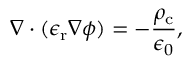
\nabla \cdot ( \epsilon _ { \mathrm { r } } \nabla \phi ) = - \frac { \rho _ { \mathrm { c } } } { \epsilon _ { 0 } } ,